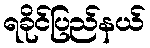
ရခိုင်ပြည်နယ်